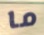
ما